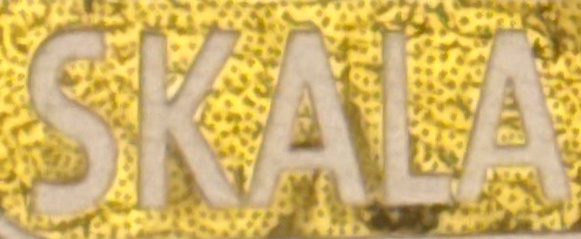
SKALA